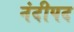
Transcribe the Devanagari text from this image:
नंदीपद